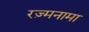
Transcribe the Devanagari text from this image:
रज़्मनामा